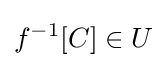
f^{-1}[C]\in U